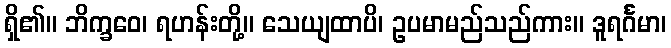
ရှိ၏။ ဘိက္ခဝေ၊ ရဟန်းတို့။ သေယျထာပိ၊ ဥပမာမည်သည်ကား။ ဒူရင်္ဂမာ၊